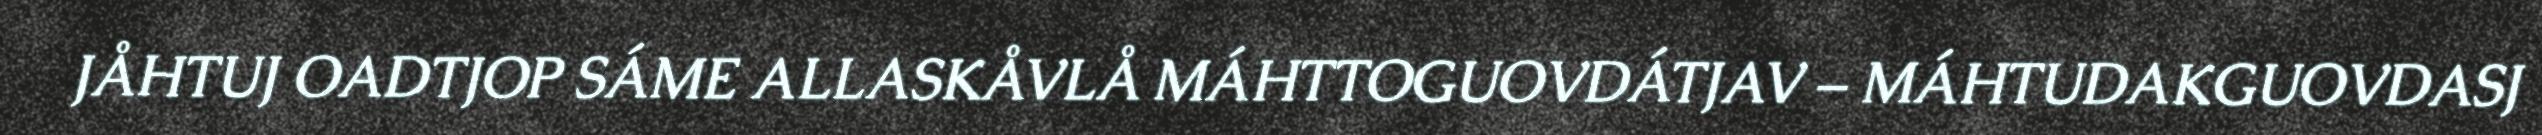
JÅHTUJ OADTJOP SÁME ALLASKÅVLÅ MÁHTTOGUOVDÁTJAV – MÁHTUDAKGUOVDASJ